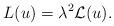
LaTeX: \begin{align*}L(u)=\lambda^2 \mathcal{L}(u).\end{align*}